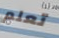
تعلم